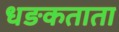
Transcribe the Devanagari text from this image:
धङकताता